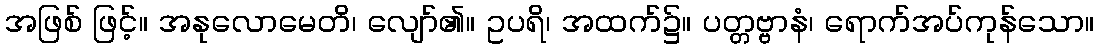
အဖြစ် ဖြင့်။ အနုလောမေတိ၊ လျော်၏။ ဥပရိ၊ အထက်၌။ ပတ္တဗ္ဗာနံ၊ ရောက်အပ်ကုန်သော။